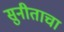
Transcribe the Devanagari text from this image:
सुनीताचा